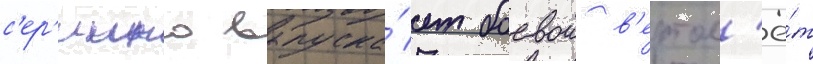
с'ер'иино выпуска́ет боевои в'ертол'ё́т